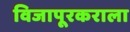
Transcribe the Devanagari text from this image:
विजापूरकराला